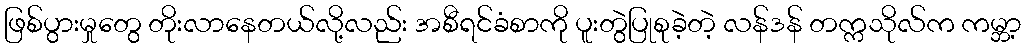
ဖြစ်ပွားမှုတွေ တိုးလာနေတယ်လို့လည်း အစီရင်ခံစာကို ပူးတွဲပြုစုခဲ့တဲ့ လန်ဒန် တက္ကသိုလ်က ကမ္ဘာ့